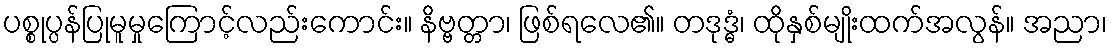
ပစ္စုပ္ပန်ပြုမူမှုကြောင့်လည်းကောင်း။ နိဗ္ဗတ္တာ၊ ဖြစ်ရလေ၏။ တဒုဒ္ဓံ၊ ထိုနှစ်မျိုးထက်အလွန်။ အညာ၊